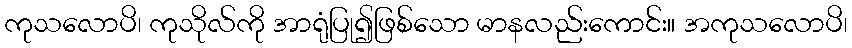
ကုသလောပိ၊ ကုသိုလ်ကို အာရုံပြု၍ဖြစ်သော မာနလည်းကောင်း။ အကုသလောပိ၊